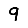
Digit: 9